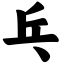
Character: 乓